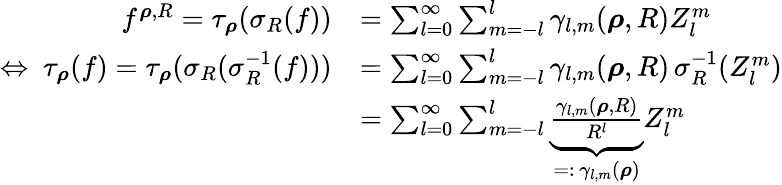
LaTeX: \begin{array}{rl}{f^{{\boldsymbol\rho},R}=\tau_{\boldsymbol\rho}(\sigma_{R}(f))}&{=\sum_{l=0}^{\infty}\sum_{m=-l}^{l}\gamma_{l,m}({\boldsymbol\rho},R)Z_{l}^{m}}\\ {\Leftrightarrow~\tau_{\boldsymbol\rho}(f)=\tau_{\boldsymbol\rho}(\sigma_{R}(\sigma_{R}^{-1}(f)))}&{=\sum_{l=0}^{\infty}\sum_{m=-l}^{l}\gamma_{l,m}({\boldsymbol\rho},R)\, \sigma_{R}^{-1}(Z_{l}^{m})}\\ &{=\sum_{l=0}^{\infty}\sum_{m=-l}^{l}\underbrace{\frac{\gamma_{l,m}({\boldsymbol\rho},R)}{R^{l}}}_{=:\, \gamma_{l,m}({\boldsymbol\rho})}Z_{l}^{m}}\end{array}